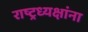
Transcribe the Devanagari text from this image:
राष्ट्रध्यक्षांना